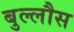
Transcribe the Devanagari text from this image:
बुल्लौस